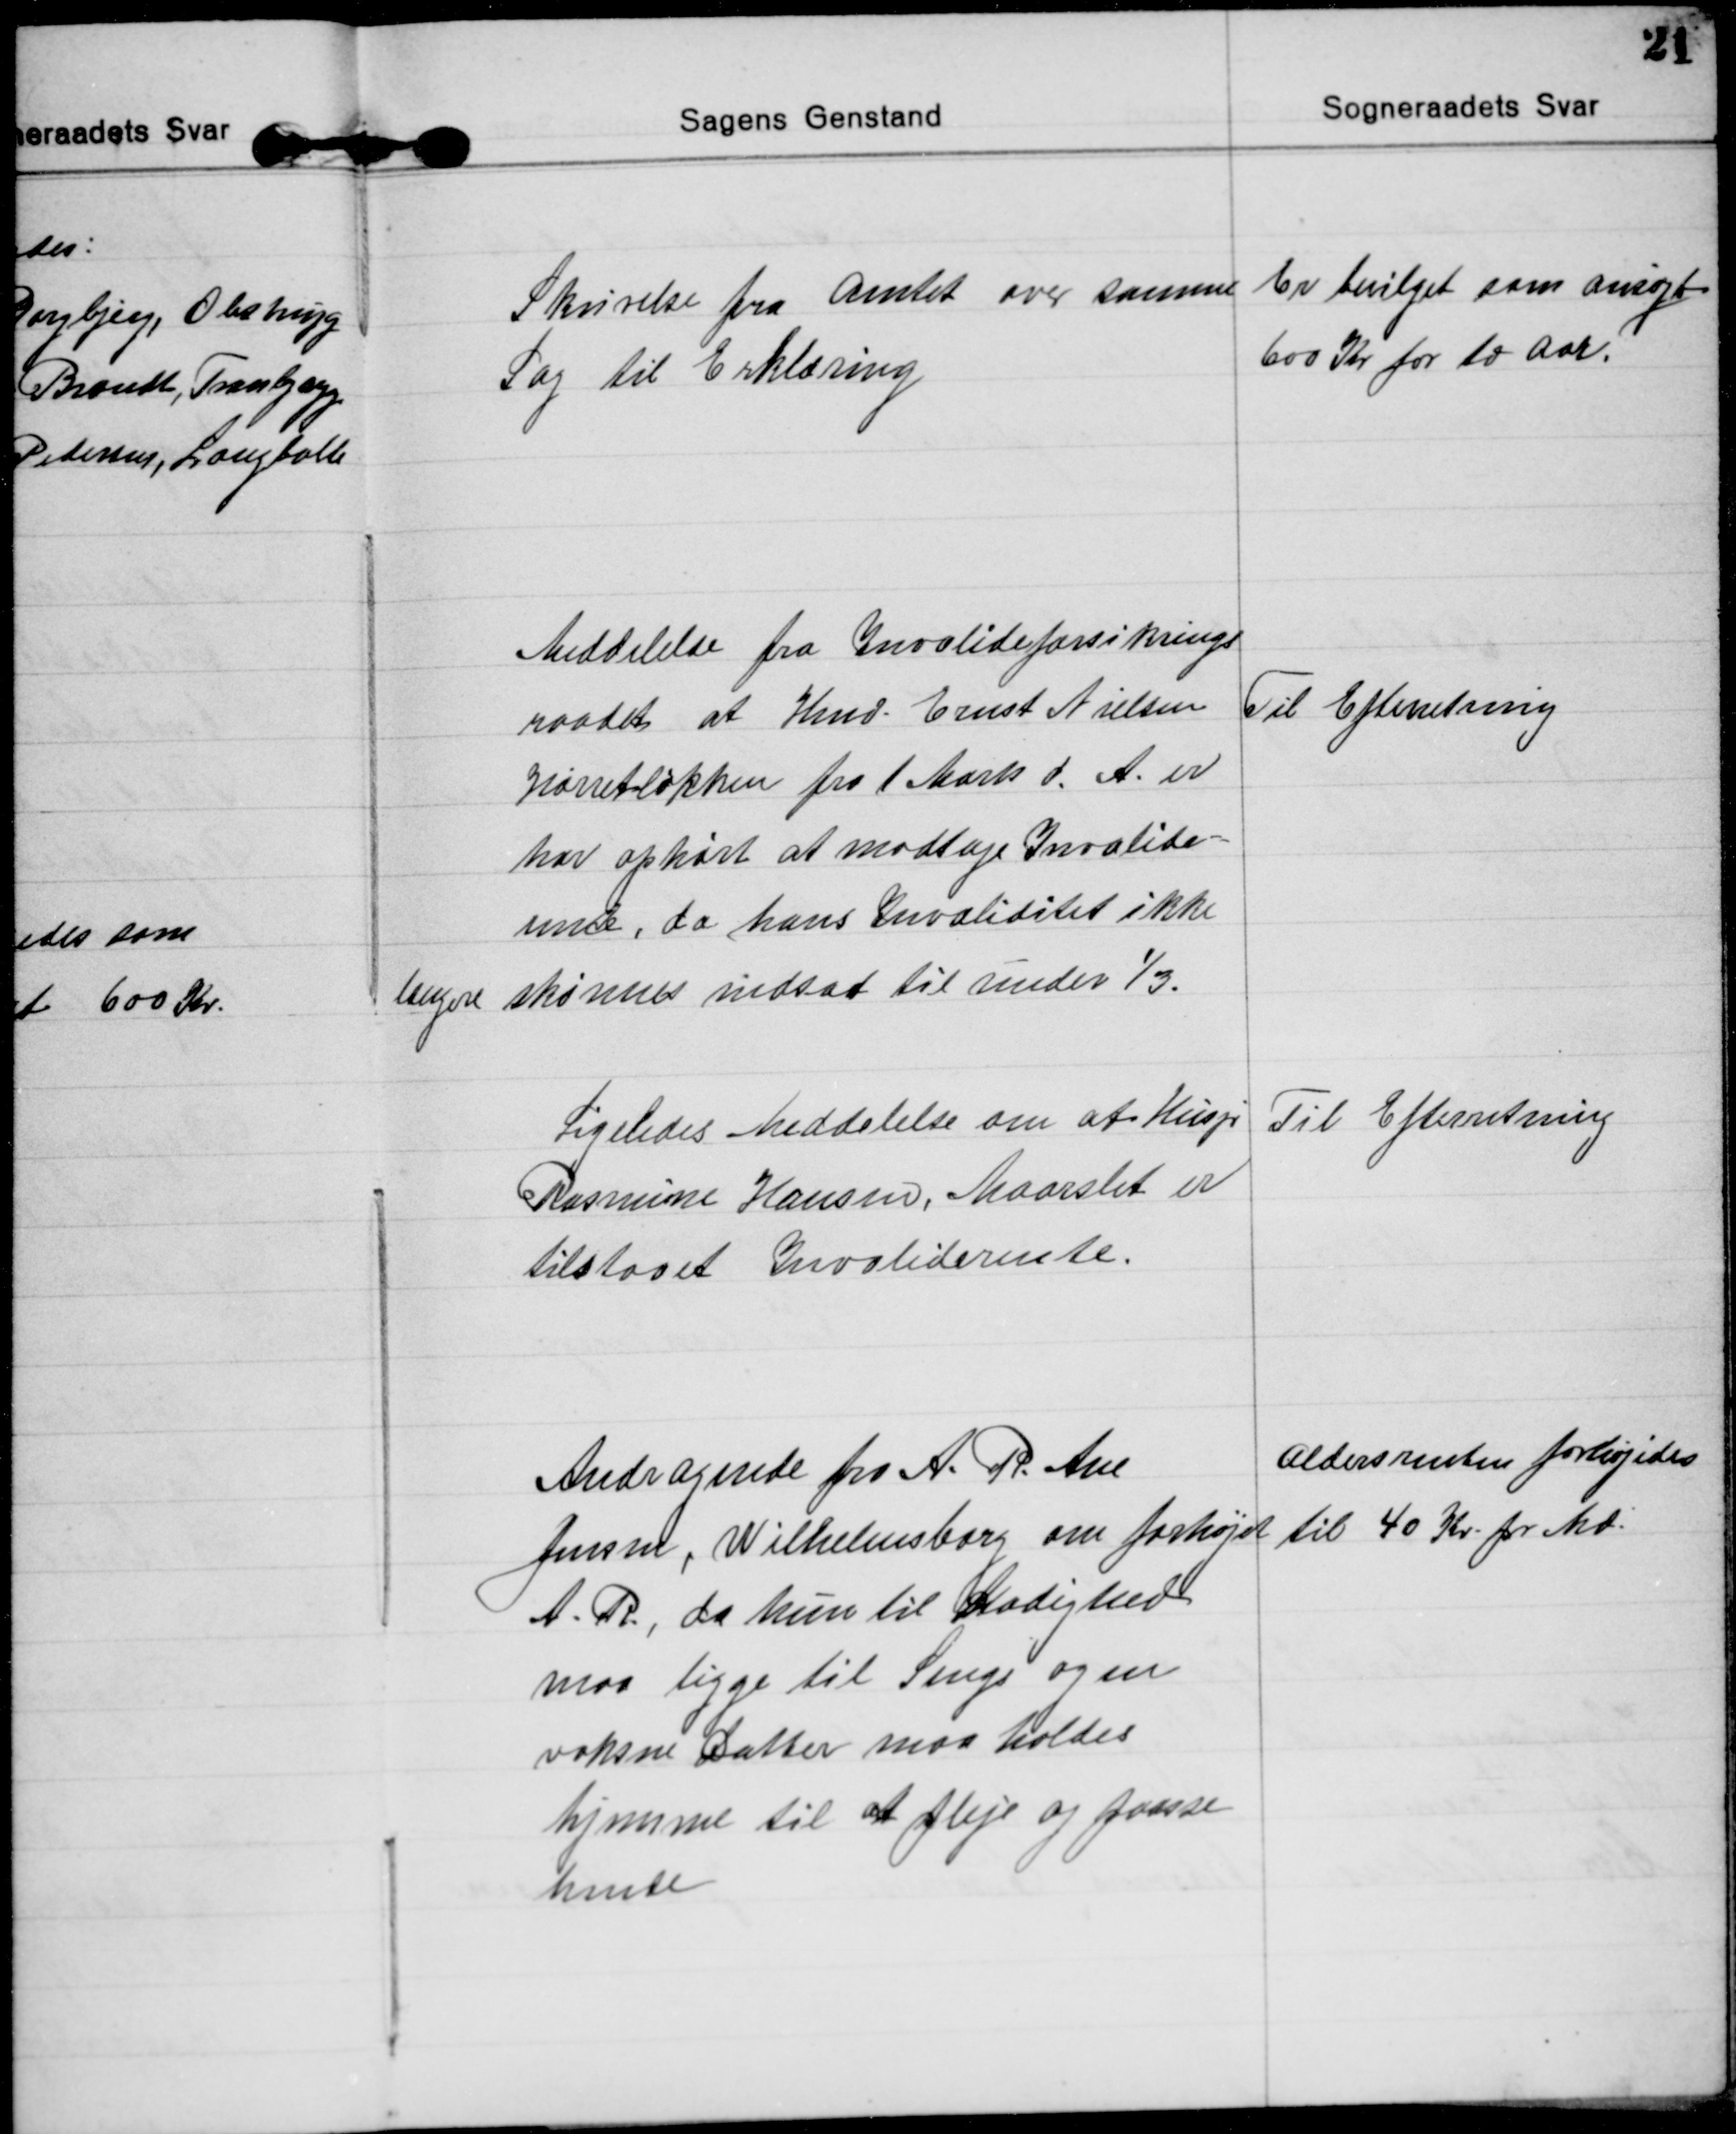
Transskription:
Skrivelse fra amtet over samme
Sag til Erklæring
Er bevilget som ansøgt
600 Kr for to Aar.

Meddelelse fra Invalideforsikrings
raadet at Hmd. Ernst Nielsen
Hørretløkken fra 1 Marts d. A. er
har ophørt at modtage Invalide=
rente, da hans Invaliditet ikke
længere skønnes nedsat til under ⅓.
Til Efterretning

Ligeledes Meddelelse om at Husjr
Rasmine Hansen, Maarslet er
tilstaaet Invaliderente.
Til Efterretning

Andragende fra A. R.  Ane
Jensen, Wilhelmsborg om forhøjet
A. R., da hun til Stadighed
maa ligge til Sengs og en
voksne Datter maa holdes
hjemme til at pleje og passe
hende
Aldersrenten forhøjedes
til 40 Kr. pr Md.